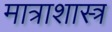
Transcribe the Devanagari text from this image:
मात्राशास्त्र